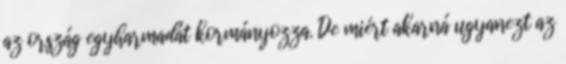
az ország egyharmadát kormányozza. De miért akarná ugyanezt az